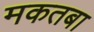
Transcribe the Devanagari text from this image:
मकतबा